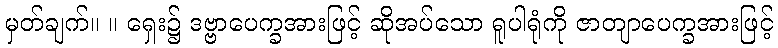
မှတ်ချက်။ ။ ရှေး၌ ဒဗ္ဗာပေက္ခအားဖြင့် ဆိုအပ်သော ရူပါရုံကို ဇာတျာပေက္ခအားဖြင့်